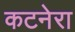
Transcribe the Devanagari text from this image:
कटनेरा